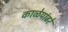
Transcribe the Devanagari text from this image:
काळेपांढरे